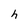
Character: h